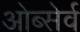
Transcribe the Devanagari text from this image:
ओब्सेर्व